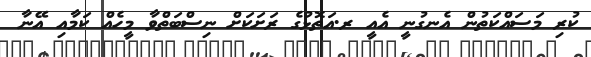
ކުރި މަސައްކަތުން އެނގުނީ އެއީ ރ.އަތޮޅުގެ ރަށަކަށް ނިސްބަތްވާ މީހެއް ކަމާއި އޭނާ